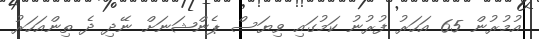
އުމުރުން 65 އަހަރު ފުރުނު ކަމުގައި ވިޔަސް ޕެންޝަނަށް ނޭދި ދެ ތިންއަހަރު